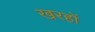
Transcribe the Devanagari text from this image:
खरहों